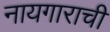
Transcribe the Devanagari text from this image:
नायगाराची